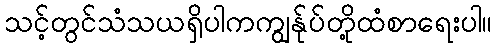
သင့်တွင်သံသယရှိပါကကျွန်ုပ်တို့ထံစာရေးပါ။